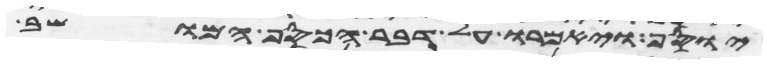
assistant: יוסף ויאמרו על דבר הכסף המושב